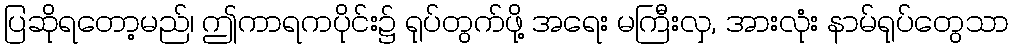
ပြဆိုရတော့မည်၊ ဤကာရကပိုင်း၌ ရုပ်တွက်ဖို့ အရေး မကြီးလှ, အားလုံး နာမ်ရုပ်တွေသာ